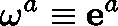
\mathbf { \omega } ^ { a } \equiv \mathbf { e } ^ { a }